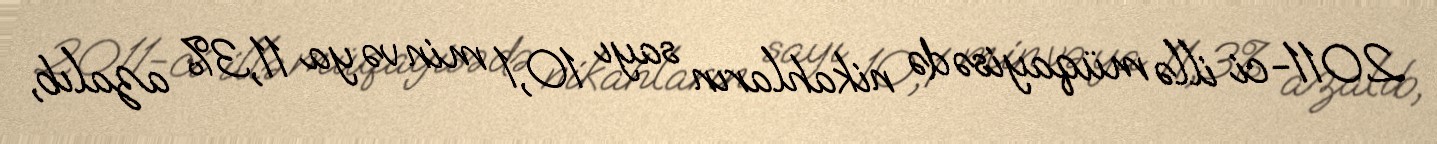
2011-ci illə müqayisədə nikahların sayı 10,1 min və ya 11,3% azalıb,